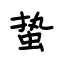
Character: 蛰